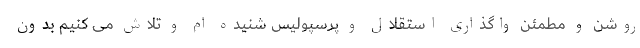
روشن و مطمئن واگذاری استقلال و پرسپولیس شنیده ام و تلاش می کنیم بدون